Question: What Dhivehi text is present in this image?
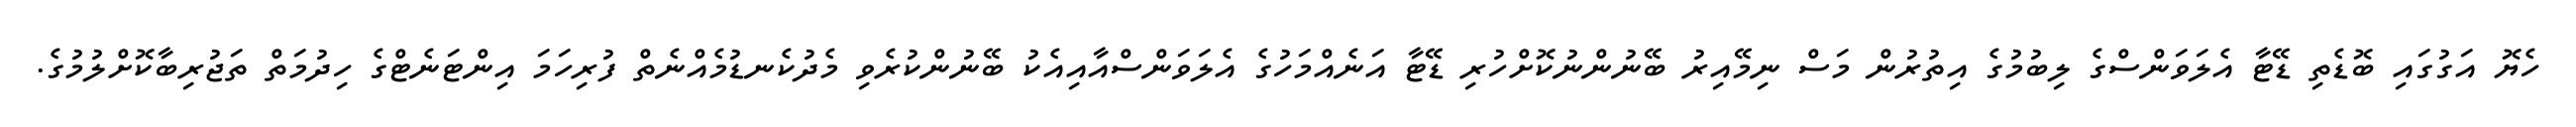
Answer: ހެޔޮ އަގުގައި ބޮޑެތި ޑޭޓާ އެލަވަންސްގެ ލިބުމުގެ އިތުރުން މަސް ނިމޭއިރު ބޭނުންނުކޮށްހުރި ޑޭޓާ އަނެއްމަހުގެ އެލަވަންސްއާއިއެކު ބޭނުންކުރެވި މެދުކެނޑުމެއްނެތް ފުރިހަމަ އިންޓަނެޓްގެ ހިދުމަތް ތަޖުރިބާކޮށްލުމުގެ.